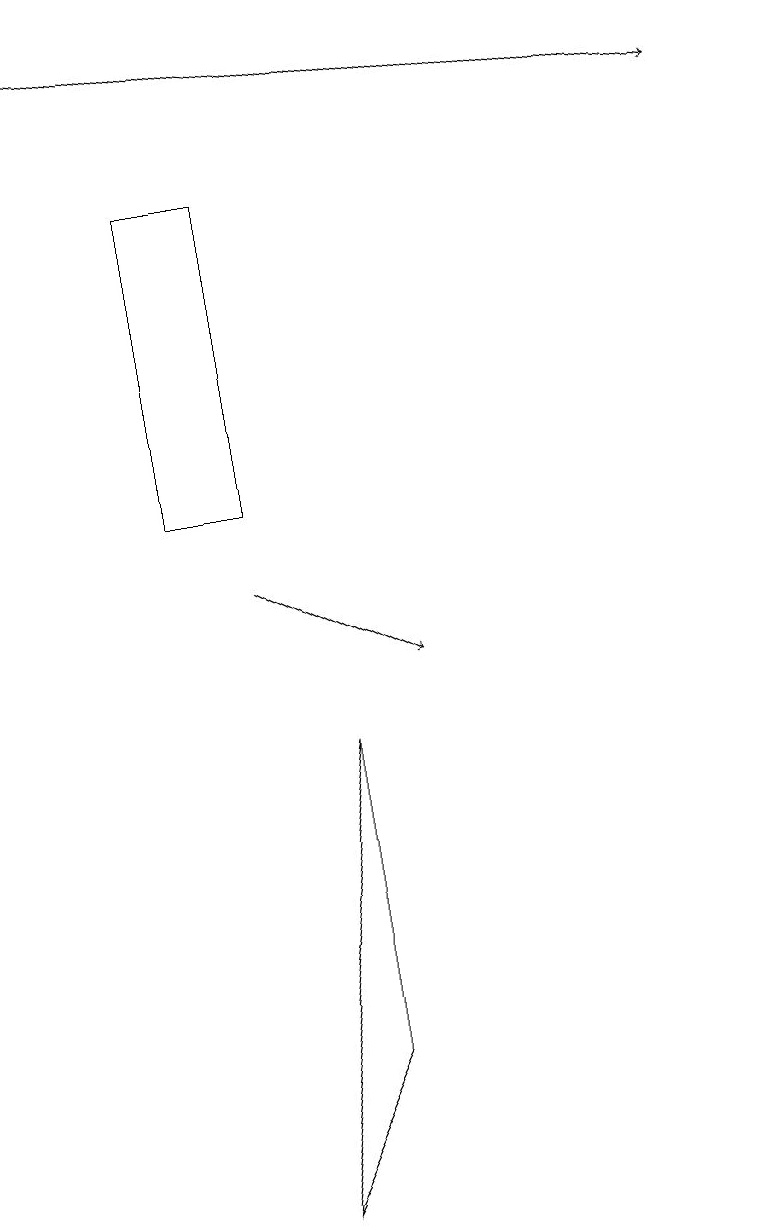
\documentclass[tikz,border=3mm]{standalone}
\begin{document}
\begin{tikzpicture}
\draw[->] (3,11) -- (5,10);
\draw (2,12) rectangle (3,16);
\draw (3,3) -- (4,5) -- (4,9) -- cycle;
\draw[->] (0,18) -- (9,17);
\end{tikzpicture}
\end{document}